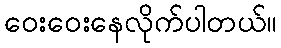
ဝေးဝေးနေလိုက်ပါတယ်။